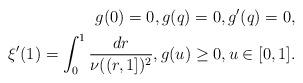
LaTeX: \begin{align*} g(0)=0,g(q)=0,g'(q)=0,\\ \xi'(1)=\int_0^1\frac{dr}{\nu((r,1])^2},g(u)\ge0, u\in[0,1].\end{align*}